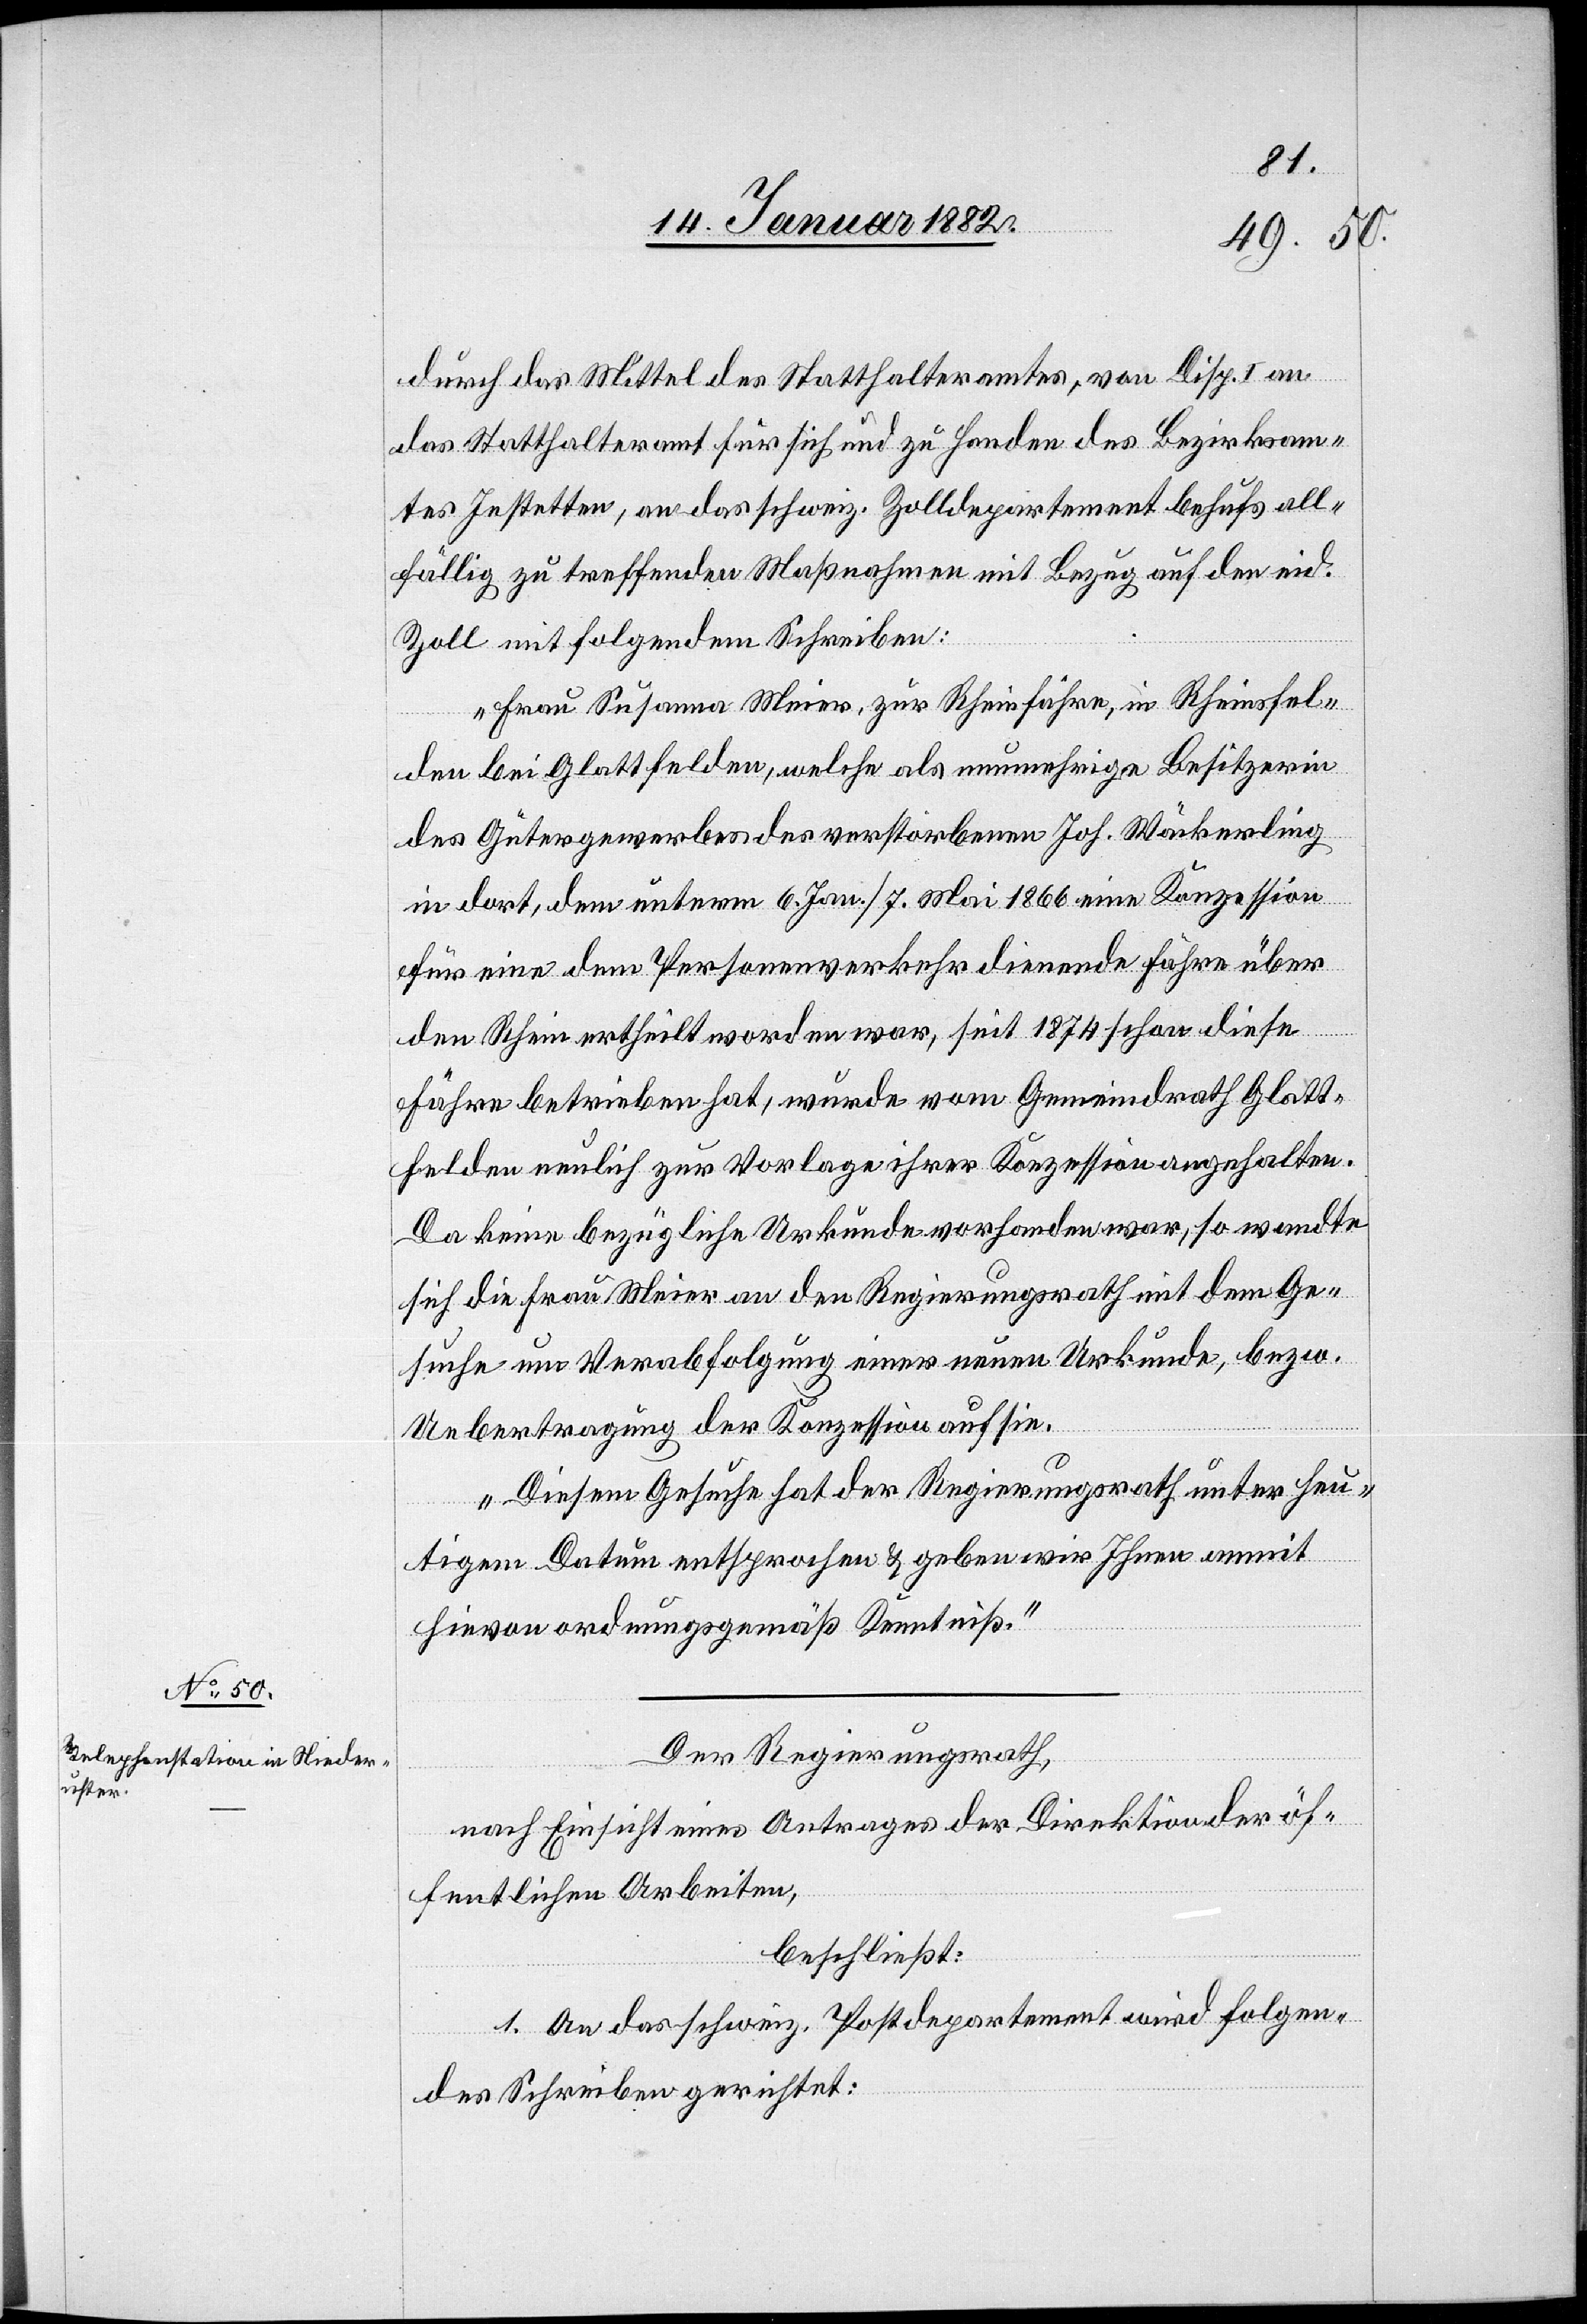
durch das Mittel des Statthalteramtes, von Disp. I an
das Statthalteramt für sich und zu Handen des Bezirkam¬
tes Jestetten, an das schweiz. Zolldepartement behufs all¬
fällig zu treffenden Maßnahmen mit Bezug auf den eid.
Zoll mit folgendem Schreiben:
„Frau Susanna Meier, zur Rheinfähre, in Rheinsfel¬
den bei Glattfelden, welche als nunmehrige Besitzerin
des Gütergewerbes des verstorbenen Joh. Wäckerling
in dort, dem unterm 6. Jan/7. Mai 1866 eine Konzession
für eine dem Personenverkehr dienende Fähre über
den Rhein ertheilt worden war, seit 1874 schon diese
Fähre betrieben hat, wurde vom Gemeindrath Glatt¬
felden neulich zur Vorlage ihrer Konzession angehalten.
Da keine bezügliche Urkunde vorhanden war, so wandte
sich die Frau Meier an den Regierungsrath mit dem Ge¬
suche um Verabfolgung einer neuen Urkunde, bezw.
Uebertragung der Konzession auf sie.
Diesem Gesuche hat der Regierungsrath unter heu¬
tigem Datum entsprochen & geben wir Ihnen anmit
hievon ordnungsgemäß Kenntniß.“
Der Regierungsrath,
nach Einsicht eines Antrages der Direktion der öf¬
fentlichen Arbeiten,
beschließt:
1. An das schweiz. Postdepartement wird folgen¬
des Schreiben gerichtet: